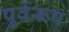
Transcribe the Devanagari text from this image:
पुर्वरूप